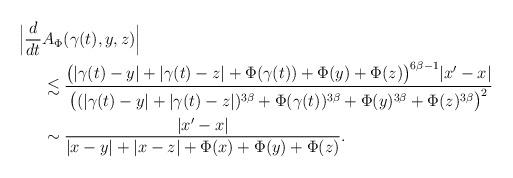
LaTeX: \begin{align*}\Big|\frac{d}{dt} &A_\Phi(\gamma(t),y,z)\Big| \\&\lesssim \frac{\big( |\gamma(t)-y|+|\gamma(t)-z|+ \Phi(\gamma(t))+\Phi(y) +\Phi(z)\big)^{6\beta-1}|x'-x|}{\big((|\gamma(t)-y|+|\gamma(t)-z|)^{3\beta}+ \Phi(\gamma(t))^{3\beta} +\Phi(y)^{3\beta} +\Phi(z)^{3\beta}\big)^2} \\&\sim \frac{|x'-x|}{|x-y|+|x-z|+ \Phi(x)+\Phi(y) +\Phi(z)}.\end{align*}